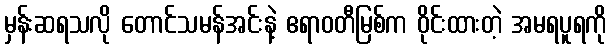
မှန်းဆရသလို တောင်သမန်အင်းနဲ့ ဧရာဝတီမြစ်က ဝိုင်းထားတဲ့ အမရပူရကို